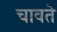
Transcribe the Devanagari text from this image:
चावते